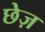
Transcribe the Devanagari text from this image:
छेज़